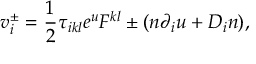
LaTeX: v _ { i } \sp \pm = \frac { 1 } { 2 } \tau _ { i k l } e \sp { u } F \sp { k l } \pm ( n \partial _ { i } u + D _ { i } n ) ,